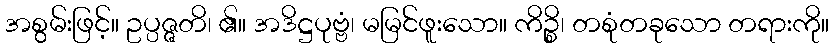
အစွမ်းဖြင့်။ ဥပ္ပဇ္ဇတိ၊ ၏။ အဒိဋ္ဌပုဗ္ဗံ၊ မမြင်ဖူးသော။ ကိဉ္စိ၊ တစုံတခုသော တရားကို။